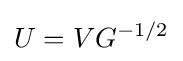
U=VG^{-1/2}